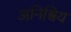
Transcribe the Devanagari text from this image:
अनिश्चिय